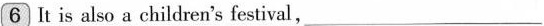
\boxed{6} It is also a children's festival, ___